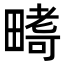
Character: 𭻪